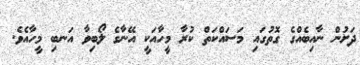
ދަށުން ނާއިބެއްގެ ގޮތުގައި މަސައްކަތް ކުރާ މީހާއަކީ އޭނާގެ ލޯބިވާ އަނބި މީހާއެވެ.